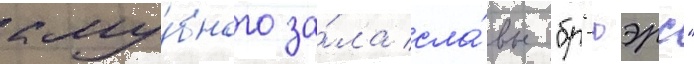
клу́бного за́ла сла́вы "бр'юэрс"